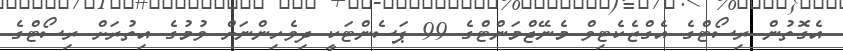
އެގޮތުން ރިސޯޓްގެ އެގްޒެކެޓިވް މެނޭޖްމަންޓްގެ 99 ޕަސެންޓަކީ ދިވެހިންނަށް ވުމުގެ އިތުރަށް ރިސޯޓްގެ